Civil Veterinary Dept. Bombay admin report 1914-1922 - 1914-1922
Year: 1914
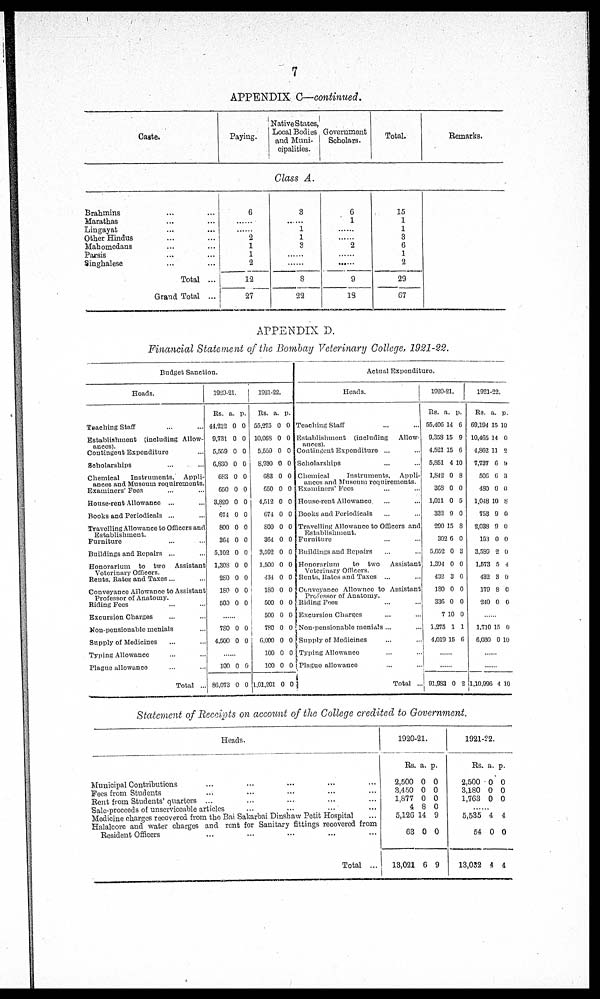
7
APPENDIX C—continued.
Caste.
Paying.
Native States,
Local Bodies
and Muni-
cipalities.
Government
Scholars.
Total.
Remarks.
Class A.
Brahmins ... ...
Marathas ... ...
Lingayat ... ...
Other Hindus ... ...
Mahomedana ... ...
Parsis ... ...
Singhalese ... ...
Total ...
Grand Total ...
6
......
......
2
1
1
2
12
27
3
......
1
1
3
......
......
8
22
6
1
......
......
2
......
9
18
15
1
1
3
6
1
2
29
67
APPENDIX D.
Financial Statement of the Bombay Veterinary College, 1921-22.
Budget Sanction.
Heads.
Teaching Staff ... ...
Establishment (including Allow-
ances).
Contingent Expenditure ...
Scholarships ... ...
Chemical
Instruments,
Appli-
ances and Musoum requirements.
Examiners' Fees
House-rent Allowance ... ...
Books and Periodicals ... ...
Travelling Allowance to Officers and
Establishment.
Furniture ... ...
Buildings and Repairs ... ...
Honorarium to two
Assistant
Veterinary Officers.
Rents, Rates and Taxes ... ...
Conveyance Allowance to Assistant
Professor of Anatomy.
Riding Fees
Excursion Charges ... ...
Non-pensionable menials ...
Supply of Medicines ... ...
Typing Allowance ... ...
Plague allowance ... ...
Total ..
1920-21.
Rs.
44,212
9,731
5,559
6,830
683
650
3,820
674
800
364
5,102
1,308
280
180
500
a.
0
0
0
0
0
0
0
0
0
0
0
0
0
0
0
p.
0
0
0
0
0
0
0
0
0
0
0
0
0
0
0
......
780
4,500
0
0
0
0
......
100
86,073
0
0
0
0
1921-22.
Rs.
55,275
10,068
5,559
8,930
683
650
4,512
674
800
364
3,592
1,500
434
180
500
500
780
6,000
100
100
1,01,201
a.
0
0
0
0
0
0
0
0
0
0
0
0
0
0
0
0
0
0
0
0
0
p.
0
0
0
0
0
0
0
0
0
0
0
0
0
0
0
0
0
0
0
0
0
Actual Expenditure.
Heads.
Teaching Staff
Establishment (including
Allow-
ances).
Contingent Expenditure ...
Scholarships
Chemical
Instruments,
Appli-
ances and Museum requirements.
Examiners' Fees ... ...
House-rent Allowance. ... ...
Books and Periodicals ... ...
Travelling Allowance to Officers and
Establishment.
Furniture
Buildings and Repairs ... ...
Honorarium
to two
Assistant
Veterinary Officers.
Rents, Rates and Taxes ... ...
Conveyance Allownce to Assistant
Professor of Anatomy.
Riding Fees
Excursion Charges ... ...
Non-pensionable menials ... ...
Supply of Medicines ... ...
Typing Allowance ... ...
Plague allowance
Total ...
1920-21.
Rs.
55,406
9,358
4,521
5,851
1,842
368
1,011
332
290
302
5,052
1,394
432
180
336
7
1,275
4,019
a.
14
15
15
4
0
0
0
9
15
6
0
0
3
0
0
10
1
15
p.
6
9
6
10
8
0
5
0
8
0
3
0
0
0
0
0
1
6
......
......
91,983 0 2
1921-22.
Rs.
69,194
10,465
4,862
7,737
506
480
1.048
753
2,038
153
3,589
1,573
432
179
240
a.
15
14
11
6
6
0
10
9
9
0
2
5
3
8
0
p.
10
0
2
9
3
0
8
0
0
0
0
4
0
0
0
......
1,710
6,030
15
0
0
10
......
......
1,10,996 4 10
Statement of Receipts on account of the College credited to Government.
Heads.
Municipal Contributions ... ...
Fees from Students ... ...
Rent from Students' quarters ... ... ...
Sale-proceeds of unserviceable articles
...
...
...
Medicine charges recovered from the Bai Sakarbai Dinshaw Petit Hospital
Halalcore and water charges and rent for Sanitary fittings recovered from
Resident Officers ... ... ...
Total ...
1920-21.
Rs.
2,500
3,450
1,877
4
5,126
63
13,021
a.
0
0
0
8
14
0
6
p.
0
0
0
0
9
0
9
1921-22.
Rs.
2,500
3,180
1,763
a.
0
0
0
p.
0
0
0
......
5,535
54
13,032
4
0
4
4
0
4